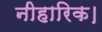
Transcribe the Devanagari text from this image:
नीहारिक।